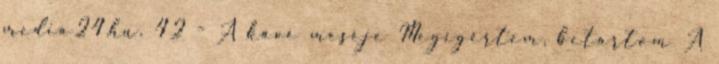
media24.hu. 42 - A kávé meséje Megígértem, betartom A